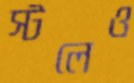
স্টলেও